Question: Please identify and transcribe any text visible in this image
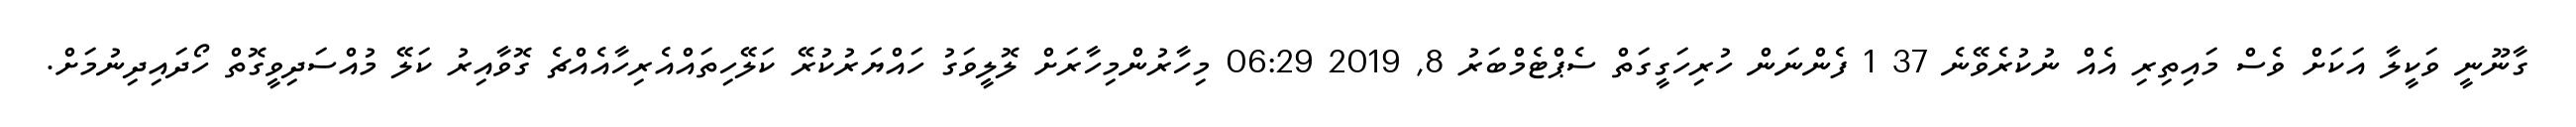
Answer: ގާނޫނީ ވަކީލާ އަކަށް ވެސް މައިތިރި އެއް ނުކުރެވޭނެ 37 1 ފެންނަން ހުރިހަގީގަތް ސެޕްޓެމްބަރު 8, 2019 06:29 މިހާރުންމިހާރަށް ލޮލީވަގު ހައްޔަރުކުރޭ ކަލޭހިތައްއެރިހާއެއްޗެ ގޮވާއިރު ކަލޭ މުއްސަދިވީގޮތް ހޯދައިދިނުމަށް.